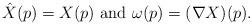
LaTeX: \begin{align*}\hat X(p) = X(p) \mbox{ and } \omega(p)= (\nabla X )(p).\end{align*}